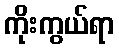
ကိုးကွယ်ရာ